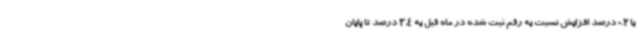
با 0.2 درصد افزایش نسبت به رقم ثبت شده در ماه قبل به 3.4 درصد تا پایان